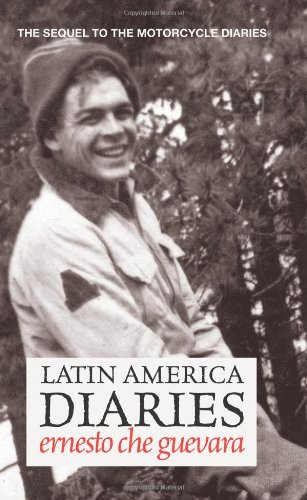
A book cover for Latin America Diaries: The Sequel to The Motorcycle Diaries (Che Guevara Publishing Project); Ernesto Che Guevara; Biographies & Memoirs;